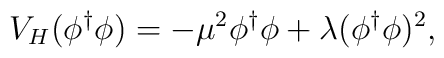
V_{H} (\phi^{\dagger} \phi) =- \mu^2 \phi^{\dagger} \phi + \lambda (\phi^{\dagger} \phi)^2 ,